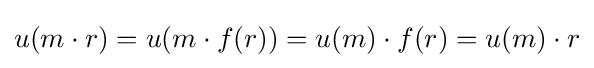
u(m\cdot r)=u(m\cdot f(r))=u(m)\cdot f(r)=u(m)\cdot r